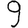
Digit: 9